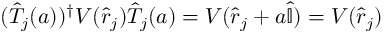
( { \hat { T } } _ { j } ( a ) ) ^ { \dagger } V ( { \hat { r } } _ { j } ) { \hat { T } } _ { j } ( a ) = V ( { \hat { r } } _ { j } + a { \hat { \mathbb { I } } } ) = V ( { \hat { r } } _ { j } )